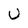
Character: U